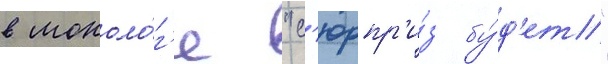
в моноло́г'е "с'юрпр'и́з бу́д'ет"